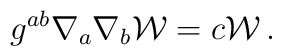
g^{ab}\nabla_a\nabla_b {\cal W} = c{\cal W}\,.